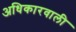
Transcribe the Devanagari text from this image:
अधिकारवाली